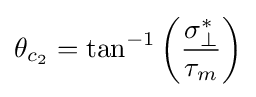
\theta _{c_{2}}=\tan ^{-1}\left({\frac {\sigma _{\perp }^{*}}{\tau _{m}}}\right)